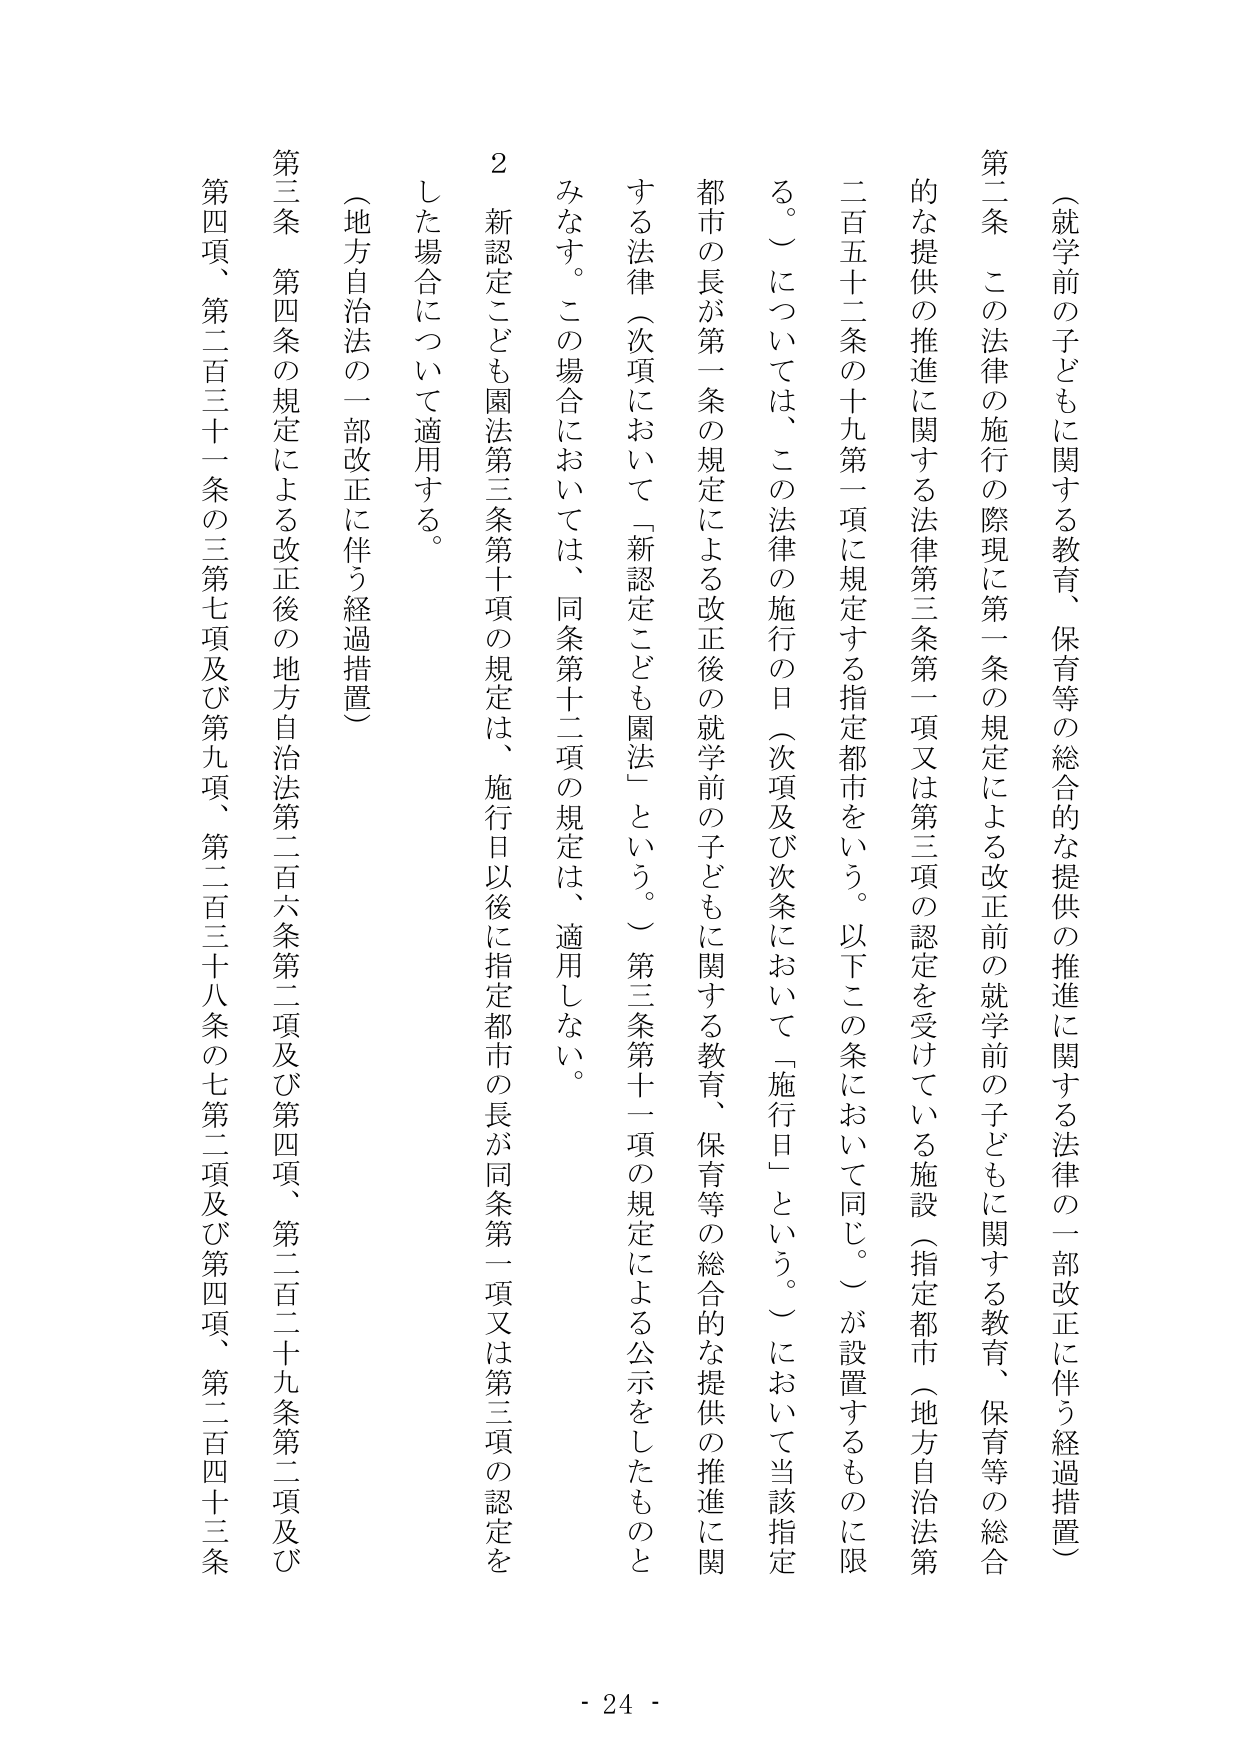
（就学前の子どもに関する教育、保育等の総合的な提供の推進に関する法律の一部改正に伴う経過措置）

第二条　この法律の施行の際現に第一条の規定による改正前の就学前の子どもに関する教育、保育等の総合的な提供の推進に関する法律第三条第一項又は第三項の認定を受けている施設（指定都市（地方自治法第二百五十二条の十九第一項に規定する指定都市をいう。以下この条において同じ。）が設置するものに限る。）については、この法律の施行の日（次項及び次条において「施行日」という。）において当該指定都市の長が第一条の規定による改正後の就学前の子どもに関する教育、保育等の総合的な提供の推進に関する法律（次項において「新認定こども園法」という。）第三条第十一項の規定による公示をしたものとみなす。この場合においては、同条第十二項の規定は、適用しない。

２　新認定こども園法第三条第十項の規定は、施行日以後に指定都市の長が同条第一項又は第三項の認定をした場合について適用する。

（地方自治法の一部改正に伴う経過措置）

第三条　第四条の規定による改正後の地方自治法第二百六条第二項及び第四項、第二百二十九条第二項及び第四項、第二百三十一条の三第七項及び第九項、第二百三十八条の七第二項及び第四項、第二百四十三条

- 24 -